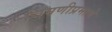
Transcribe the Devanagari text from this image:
चिमणीप्रमाणे